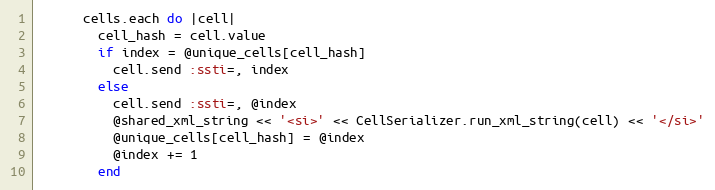
Language: Ruby
      cells.each do |cell|
        cell_hash = cell.value
        if index = @unique_cells[cell_hash]
          cell.send :ssti=, index
        else
          cell.send :ssti=, @index
          @shared_xml_string << '<si>' << CellSerializer.run_xml_string(cell) << '</si>'
          @unique_cells[cell_hash] = @index
          @index += 1
        end